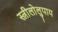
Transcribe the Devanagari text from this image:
स्त्रीलोलुपाय